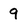
Character: 9